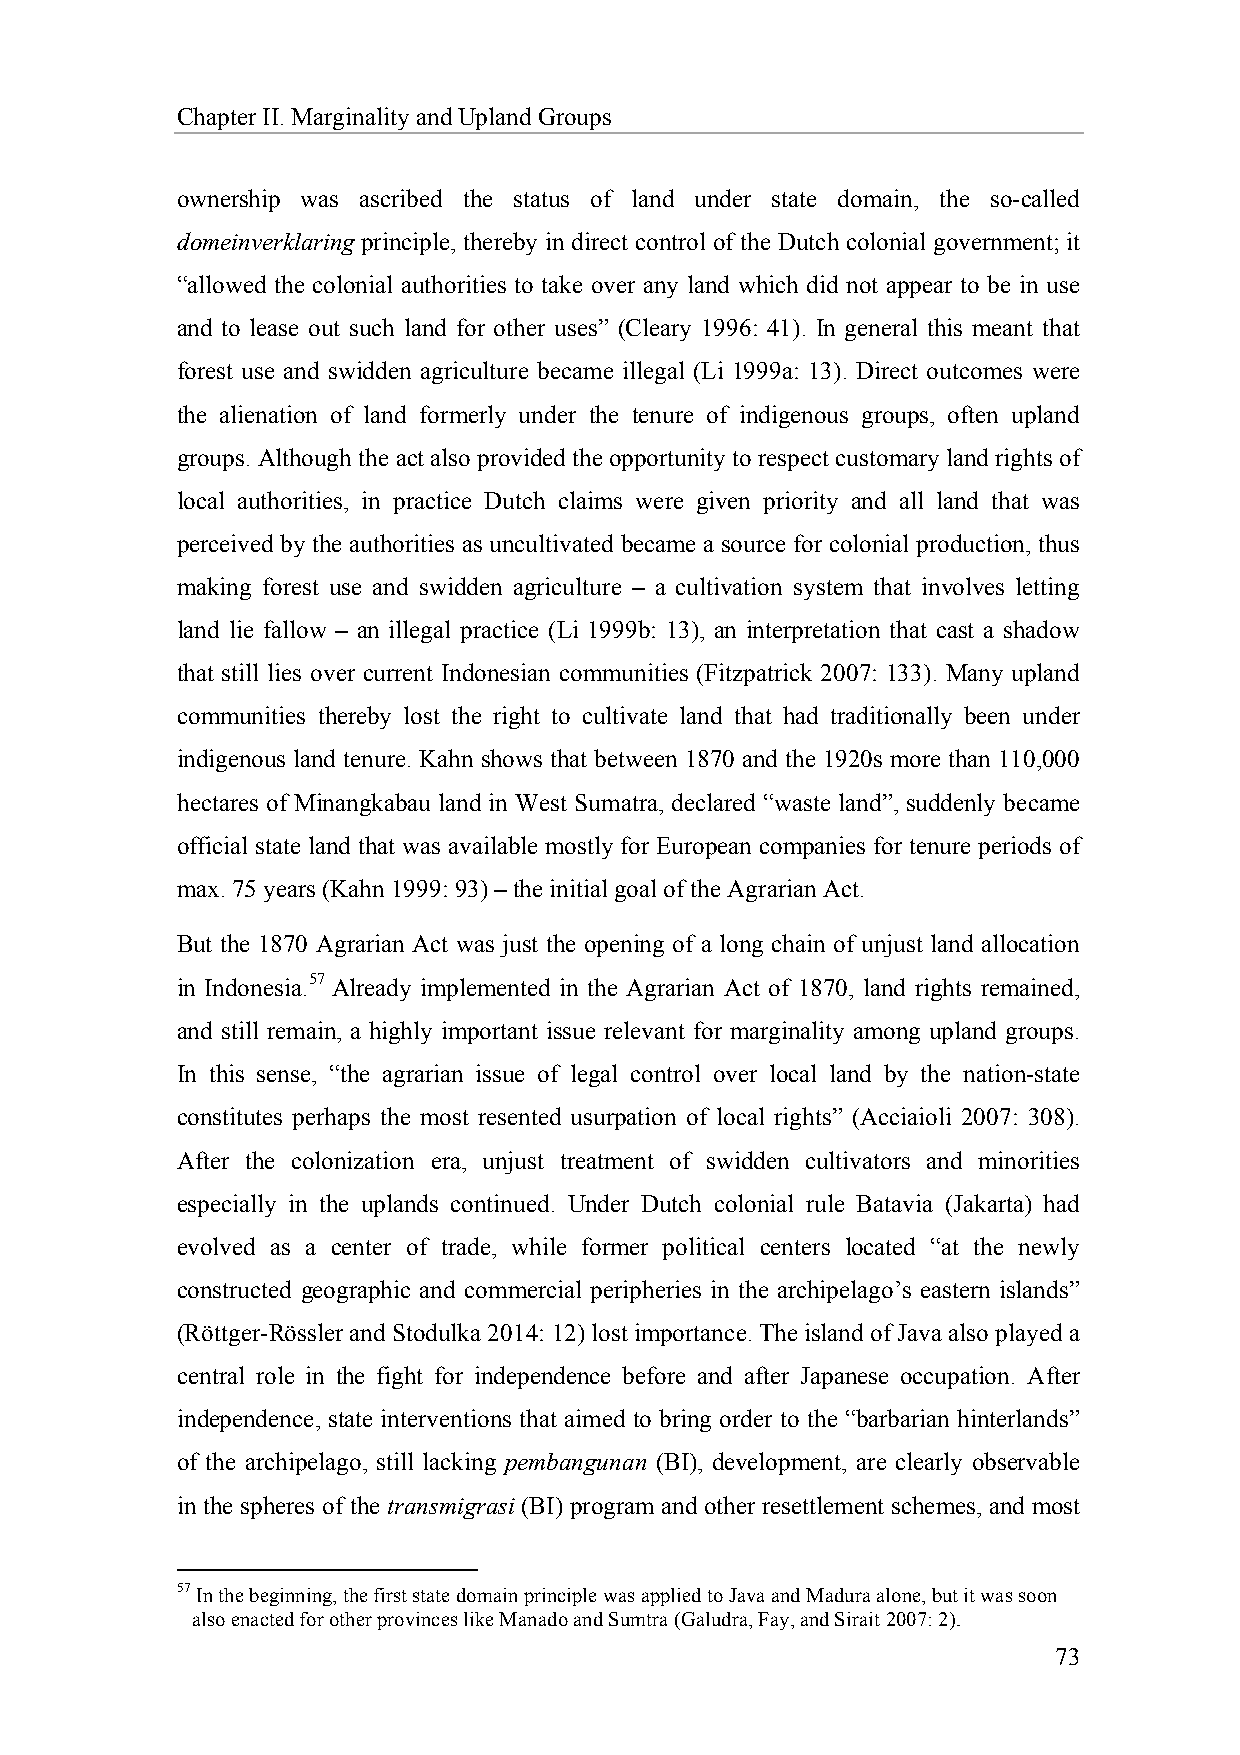
Chapter II. Marginality and Upland Groups
 ownership was ascribed the status of land under state domain, the so-called
 domeinverklaring principle, thereby in direct control of the Dutch colonial government; it
 “allowed the colonial authorities to take over any land which did not appear to be in use
 and to lease out such land for other uses” (Cleary 1996: 41). In general this meant that
 forest use and swidden agriculture became illegal (Li 1999a: 13). Direct outcomes were
 the alienation of land formerly under the tenure of indigenous groups, often upland
 groups. Although the act also provided the opportunity to respect customary land rights of
 local authorities, in practice Dutch claims were given priority and all land that was
 perceived by the authorities as uncultivated became a source for colonial production, thus
 making forest use and swidden agriculture – a cultivation system that involves letting
 land lie fallow – an illegal practice (Li 1999b: 13), an interpretation that cast a shadow
 that still lies over current Indonesian communities (Fitzpatrick 2007: 133). Many upland
 communities thereby lost the right to cultivate land that had traditionally been under
 indigenous land tenure. Kahn shows that between 1870 and the 1920s more than 110,000
 hectares of Minangkabau land in West Sumatra, declared “waste land”, suddenly became
 official state land that was available mostly for European companies for tenure periods of
 max. 75 years (Kahn 1999: 93) – the initial goal of the Agrarian Act.
 But the 1870 Agrarian Act was just the opening of a long chain of unjust land allocation
 in Indonesia.57 Already implemented in the Agrarian Act of 1870, land rights remained,
 and still remain, a highly important issue relevant for marginality among upland groups.
 In this sense, “the agrarian issue of legal control over local land by the nation-state
 constitutes perhaps the most resented usurpation of local rights” (Acciaioli 2007: 308).
 After the colonization era, unjust treatment of swidden cultivators and minorities
 especially in the uplands continued. Under Dutch colonial rule Batavia (Jakarta) had
 evolved as a center of trade, while former political centers located “at the newly
 constructed geographic and commercial peripheries in the archipelago’s eastern islands”
 (Röttger-Rössler and Stodulka 2014: 12) lost importance. The island of Java also played a
 central role in the fight for independence before and after Japanese occupation. After
 independence, state interventions that aimed to bring order to the “barbarian hinterlands”
 of the archipelago, still lacking pembangunan (BI), development, are clearly observable
 in the spheres of the transmigrasi (BI) program and other resettlement schemes, and most
 57 In the beginning, the first state domain principle was applied to Java and Madura alone, but it was soon
 also enacted for other provinces like Manado and Sumtra (Galudra, Fay, and Sirait 2007: 2).
 73